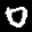
Label: 0